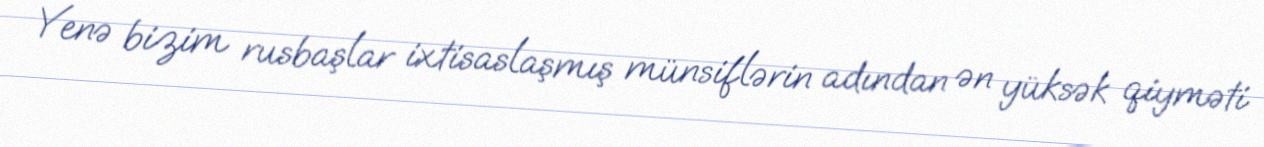
Yenə bizim rusbaşlar ixtisaslaşmış münsiflərin adından ən yüksək qiyməti